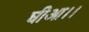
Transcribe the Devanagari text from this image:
घीआ।।